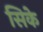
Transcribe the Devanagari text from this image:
सिके